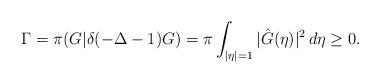
LaTeX: \begin{align*}\Gamma =\pi (G| \delta(-\Delta-1)G)=\pi \int_{|\eta|=1}|\hat G (\eta)|^2\,d\eta\geq 0.\end{align*}